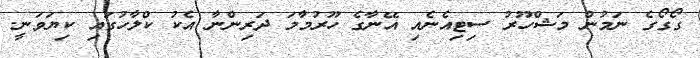
ގޯގޯގެ ނަމުން މަޝްހޫރު ސިޓިއެނެއި އޭނާގެ ހޫރުމާމަ ދަރިންނާ އެކު ކްލާހުގައި ކިޔަވަނީ.